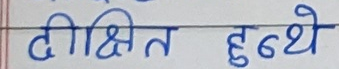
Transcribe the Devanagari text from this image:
दीक्षित हुन्थे